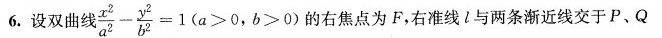
6.设双曲线$$\frac { x ^ { 2 } } { a ^ { 2 } } - \frac { y ^ {2 } } { b ^ { 2 }